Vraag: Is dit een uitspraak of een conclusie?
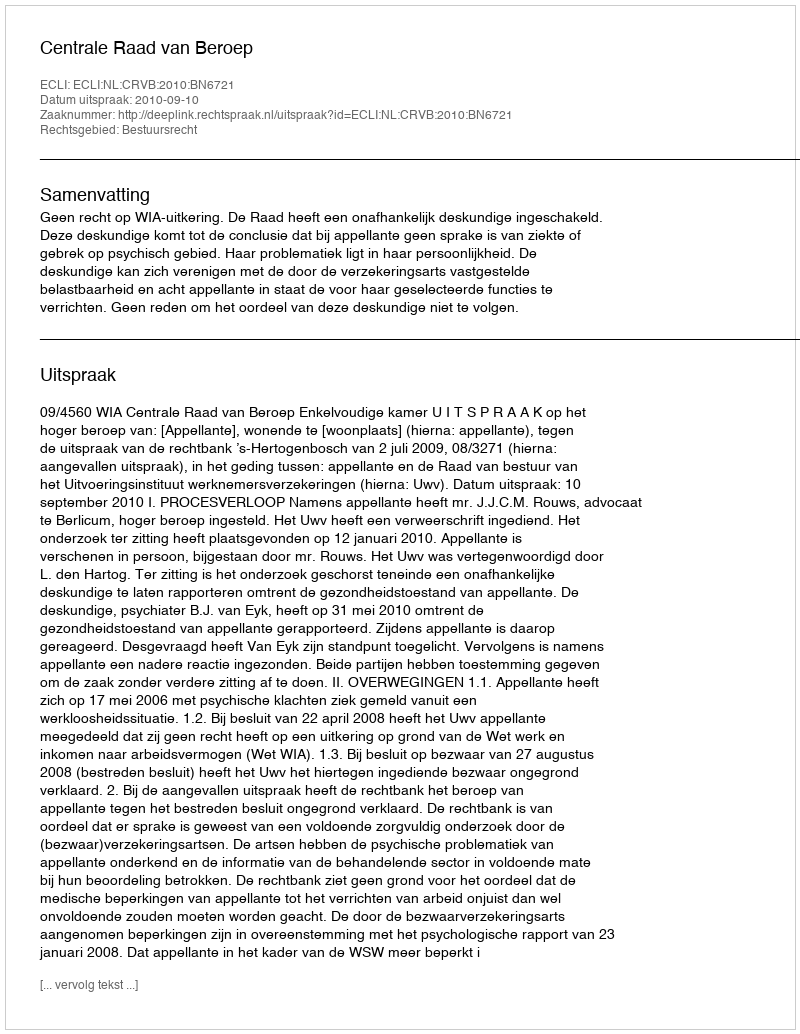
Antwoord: Uitspraak